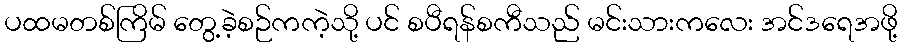
ပထမတစ်ကြိမ် တွေ့ခဲ့စဉ်ကကဲ့သို့ ပင် စပီရန်စကီသည် မင်းသားကလေး အင်ဒရေအဖို့